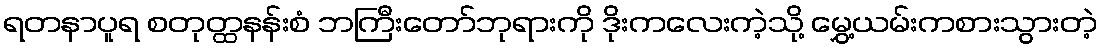
ရတနာပူရ စတုတ္ထနန်းစံ ဘကြီးတော်ဘုရားကို ဒိုးကလေးကဲ့သို့ မွှေ့ယမ်းကစားသွားတဲ့